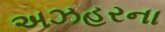
અઝહરના